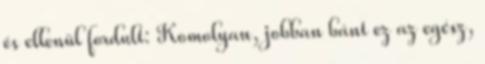
és ellenül fordult: Komolyan, jobban bánt ez az egész,